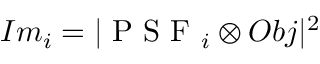
I m _ { i } = | \textrm { P S F } _ { i } \otimes O b j | ^ { 2 }